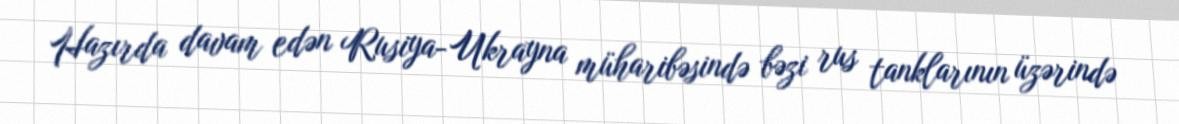
Hazırda davam edən Rusiya-Ukrayna müharibəsində bəzi rus tanklarının üzərində